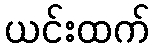
ယင်းထက်